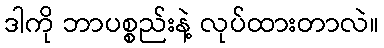
ဒါကို ဘာပစ္စည်းနဲ့ လုပ်ထားတာလဲ။